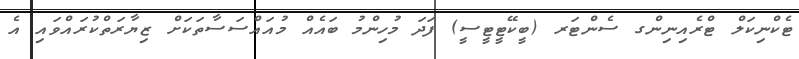
ޓެކްނިކަލް ޓްރެއިނިންގ ސެންޓަރ (ބީކޭޓީޓީސީ) ފަދަ މުހިންމު ބައެއް މުއައްސަސާތަކަށް ޒިޔާރަތްކުރައްވައި އެ